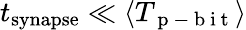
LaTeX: t_{\mathrm{synapse}}\ll\langle T_{\mathrm{~p~-~b~i~t~}}\rangle